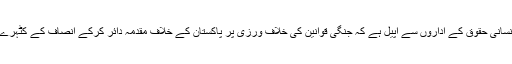
اقوام متحدہ اور انسانی حقوق کے اداروں سے اپیل ہے کہ جنگی قوانین کی خلاف ورزی پر پاکستان کے خلاف مقدمہ دائر کرکے انصاف کے کٹہرے میں لایا جائے۔